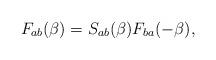
LaTeX: \begin{align*}F_{ab}(\beta)=S_{ab}(\beta)F_{ba}(-\beta),\end{align*}